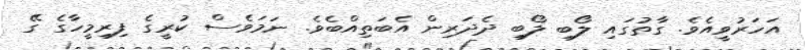
އަހަރުވީއެވެ. ގާތުގައި ލޯބި ލޯބި ދެދަރިން އެބަތިއްބެވެ. ނަމަވެސް ކުރީގެ ފިރިމީހާގެ ގޭ